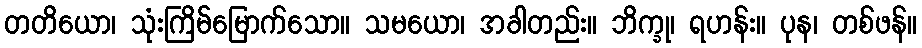
တတိယော၊ သုံးကြိမ်မြောက်သော။ သမယော၊ အခါတည်း။ ဘိက္ခု၊ ရဟန်း။ ပုန၊ တစ်ဖန်။